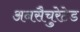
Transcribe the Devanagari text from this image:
अनसैचुरेटेड